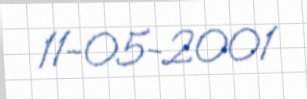
11-05-2001